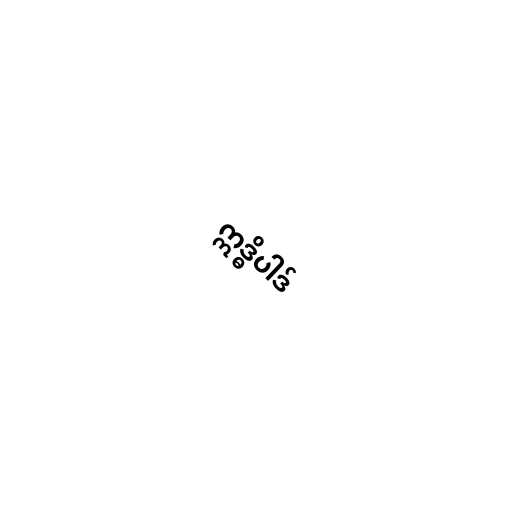
ဣဒ္ဓိပါဒ်